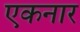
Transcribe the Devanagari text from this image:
एकनार